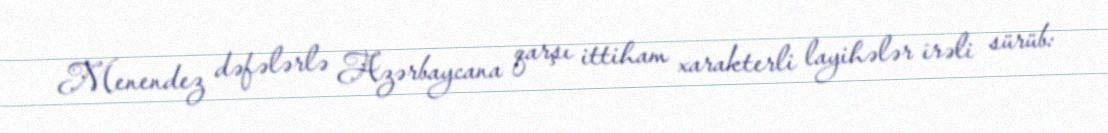
Menendez dəfələrlə Azərbaycana qarşı ittiham xarakterli layihələr irəli sürüb: